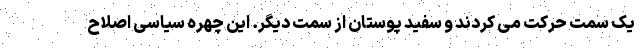
یک سمت حرکت می کردند و سفید پوستان از سمت دیگر. این چهره سیاسی اصلاح